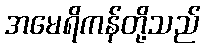
အမေရိကန်တို့သည်